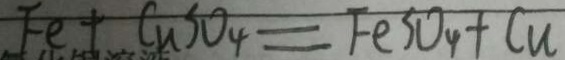
F e + C u S O _ { 4 } = F e S O _ { 4 } + C u